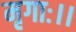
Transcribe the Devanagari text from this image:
मृगाः।।